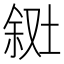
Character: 𪣸